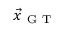
\vec { x } _ { \mathrm { ~ G ~ T ~ } }